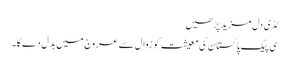
ٹڈی دل مزید پڑھیں
سی پیک پاکستان کی معیشت کو زوال سے عروج میں بدل دےگا۔